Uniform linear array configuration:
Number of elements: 24
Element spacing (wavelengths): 0.75
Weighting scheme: cosine
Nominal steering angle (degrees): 60
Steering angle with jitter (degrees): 59.75
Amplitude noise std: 0.05
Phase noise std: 0.05

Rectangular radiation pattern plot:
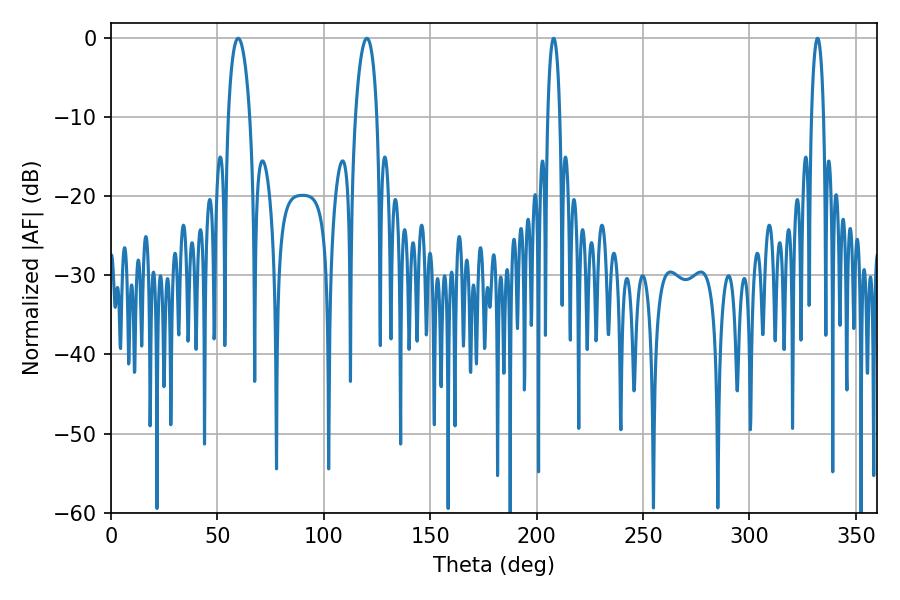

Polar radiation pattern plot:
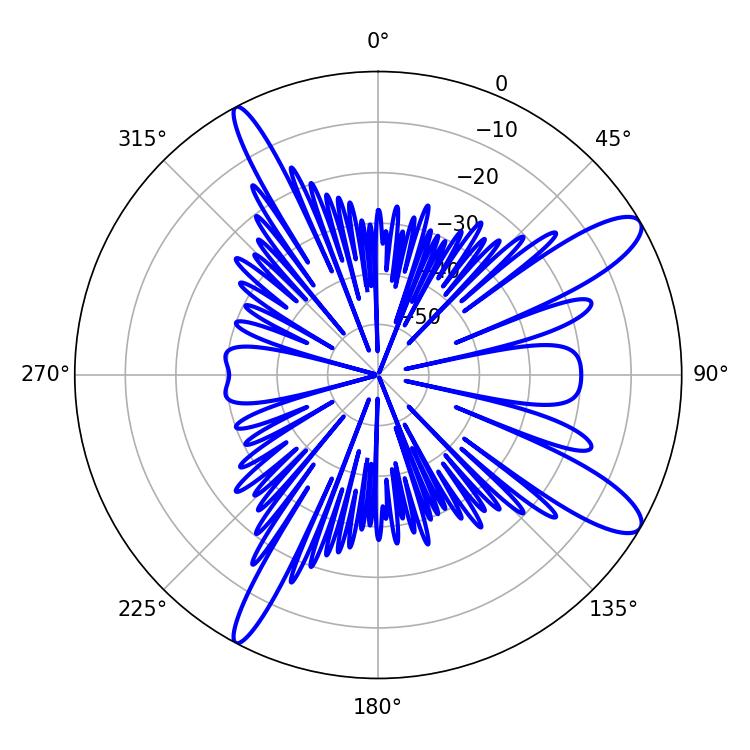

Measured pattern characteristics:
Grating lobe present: TRUE
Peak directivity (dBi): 11.737
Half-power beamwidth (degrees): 5.76
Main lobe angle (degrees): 59.76